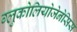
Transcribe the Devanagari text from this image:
ग्लुकोलियोजेनेसिस